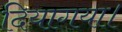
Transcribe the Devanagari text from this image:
दियागया।